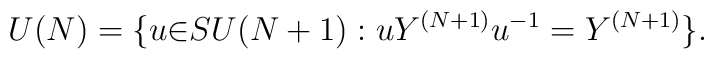
U(N)=\{u{\in}SU(N+1):uY^{(N+1)}u^{-1}=Y^{(N+1)}\}.